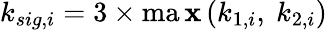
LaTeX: k_{sig,i}=3\times\operatorname*{ma\mathbf{x}}\left(k_{1,i},~k_{2,i}\right)